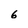
Character: 6